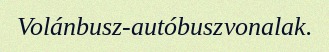
Volánbusz-autóbuszvonalak.